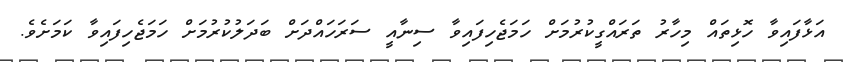
އަޅާފައިވާ ހޮޅިތައް މިހާރު ތަރައްގީކުރުމަށް ހަމަޖެހިފައިވާ ސިނާއީ ސަރަހައްދަށް ބަދަލުކުރުމަށް ހަމަޖެހިފައިވާ ކަމަށެވެ.